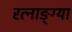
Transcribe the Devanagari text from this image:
रत्नाङ्ग्या